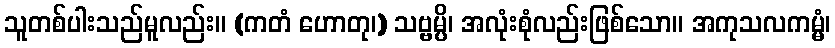
သူတစ်ပါးသည်မူလည်း။ (ကတံ ဟောတု၊) သဗ္ဗမ္ပိ၊ အလုံးစုံလည်းဖြစ်သော။ အကုသလကမ္မံ၊